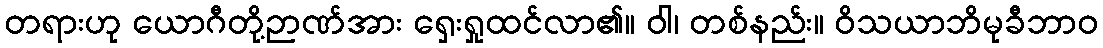
တရားဟု ယောဂီတို့ဉာဏ်အား ရှေးရှုထင်လာ၏။ ဝါ၊ တစ်နည်း။ ဝိသယာဘိမုခီဘာဝ